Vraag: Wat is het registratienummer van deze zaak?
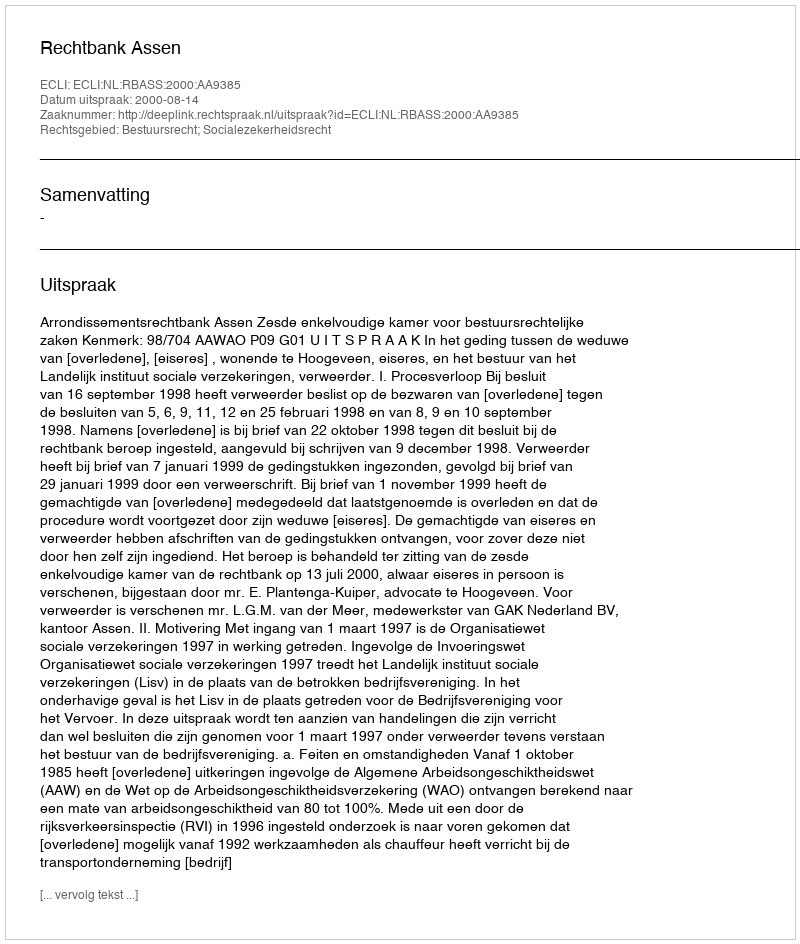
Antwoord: http://deeplink.rechtspraak.nl/uitspraak?id=ECLI:NL:RBASS:2000:AA9385